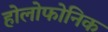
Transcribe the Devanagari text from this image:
होलोफोनिक